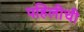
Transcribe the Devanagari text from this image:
पहिलीची